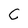
Character: C